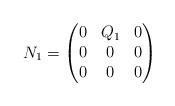
LaTeX: \begin{align*} N_1 = \begin{pmatrix} 0&Q_1 & 0\\ 0 & 0& 0 \\ 0&0&0\end{pmatrix}\end{align*}